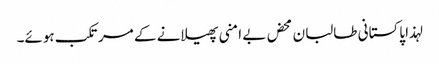
لہذا پاکستانی طالبان محض بے امنی پھیلانے کے مرتکب ہوئے۔